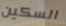
السكين